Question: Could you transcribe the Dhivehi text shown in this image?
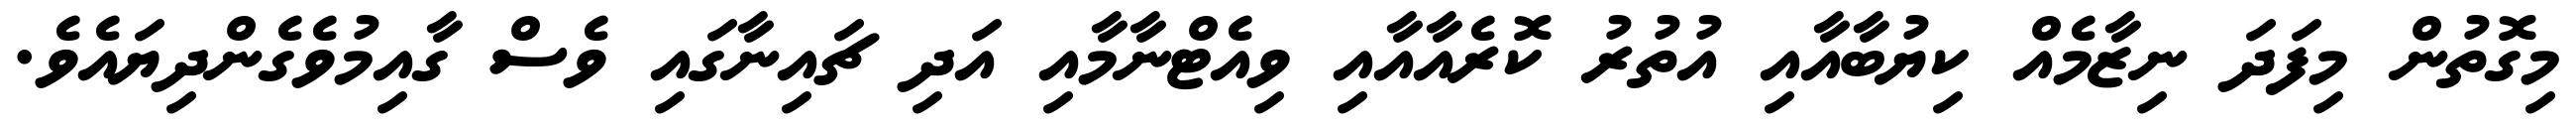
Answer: މިގޮތުން މިފަދަ ނިޒާމެއް ކިޔުބާއާއި އުތުރު ކޮރެއާއާއި ވިއެޓްނާމާއި އަދި ޗައިނާގައި ވެސް ގާއިމުވެގެންދިޔައެވެ.